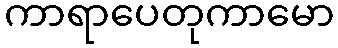
ကာရာပေတုကာမော